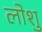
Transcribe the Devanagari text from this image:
लोशु